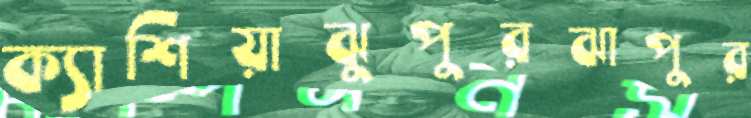
ক্যাশিয়াঝুপুরঝাপুর